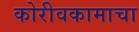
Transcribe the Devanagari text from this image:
कोरीवकामाचा